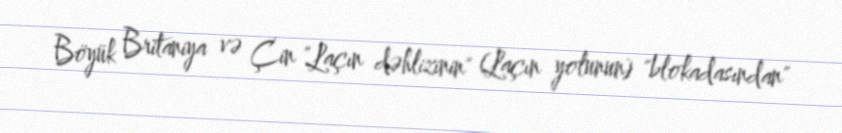
Böyük Britaniya və Çin "Laçın dəhlizinin" (Laçın yolunun) "blokadasından"